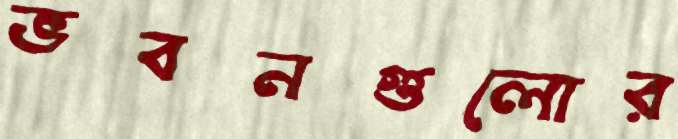
ভবনগুলোর